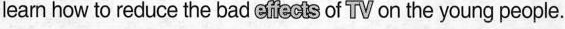
leam how to reduce the bad eeots of TV on the young people.